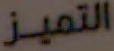
التميز